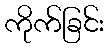
ကိုက်ခြင်း